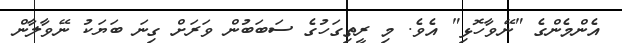
އެންމެންގެ "ނޭވާހޮޅި" އެވެ. މި ރީތިގަހުގެ ސަބަބުން ވަރަށް ގިނަ ބަޔަކު ނޭވާލާން